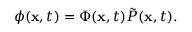
\phi ( { \mathbf x } , t ) = \Phi ( { \mathbf x } , t ) \tilde { P } ( { \mathbf x } , t ) .